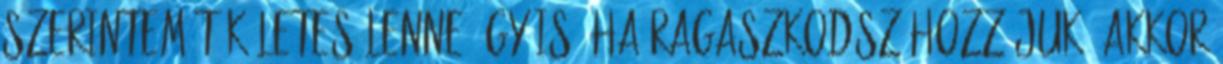
szerintem tökéletes lenne úgy is. Ha ragaszkodsz hozzájuk, akkor